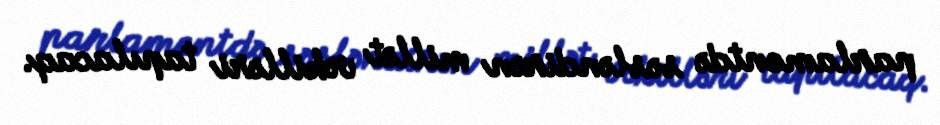
parlamentdə səsləndirən millət vəkilləri tapılacaq.